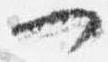
一